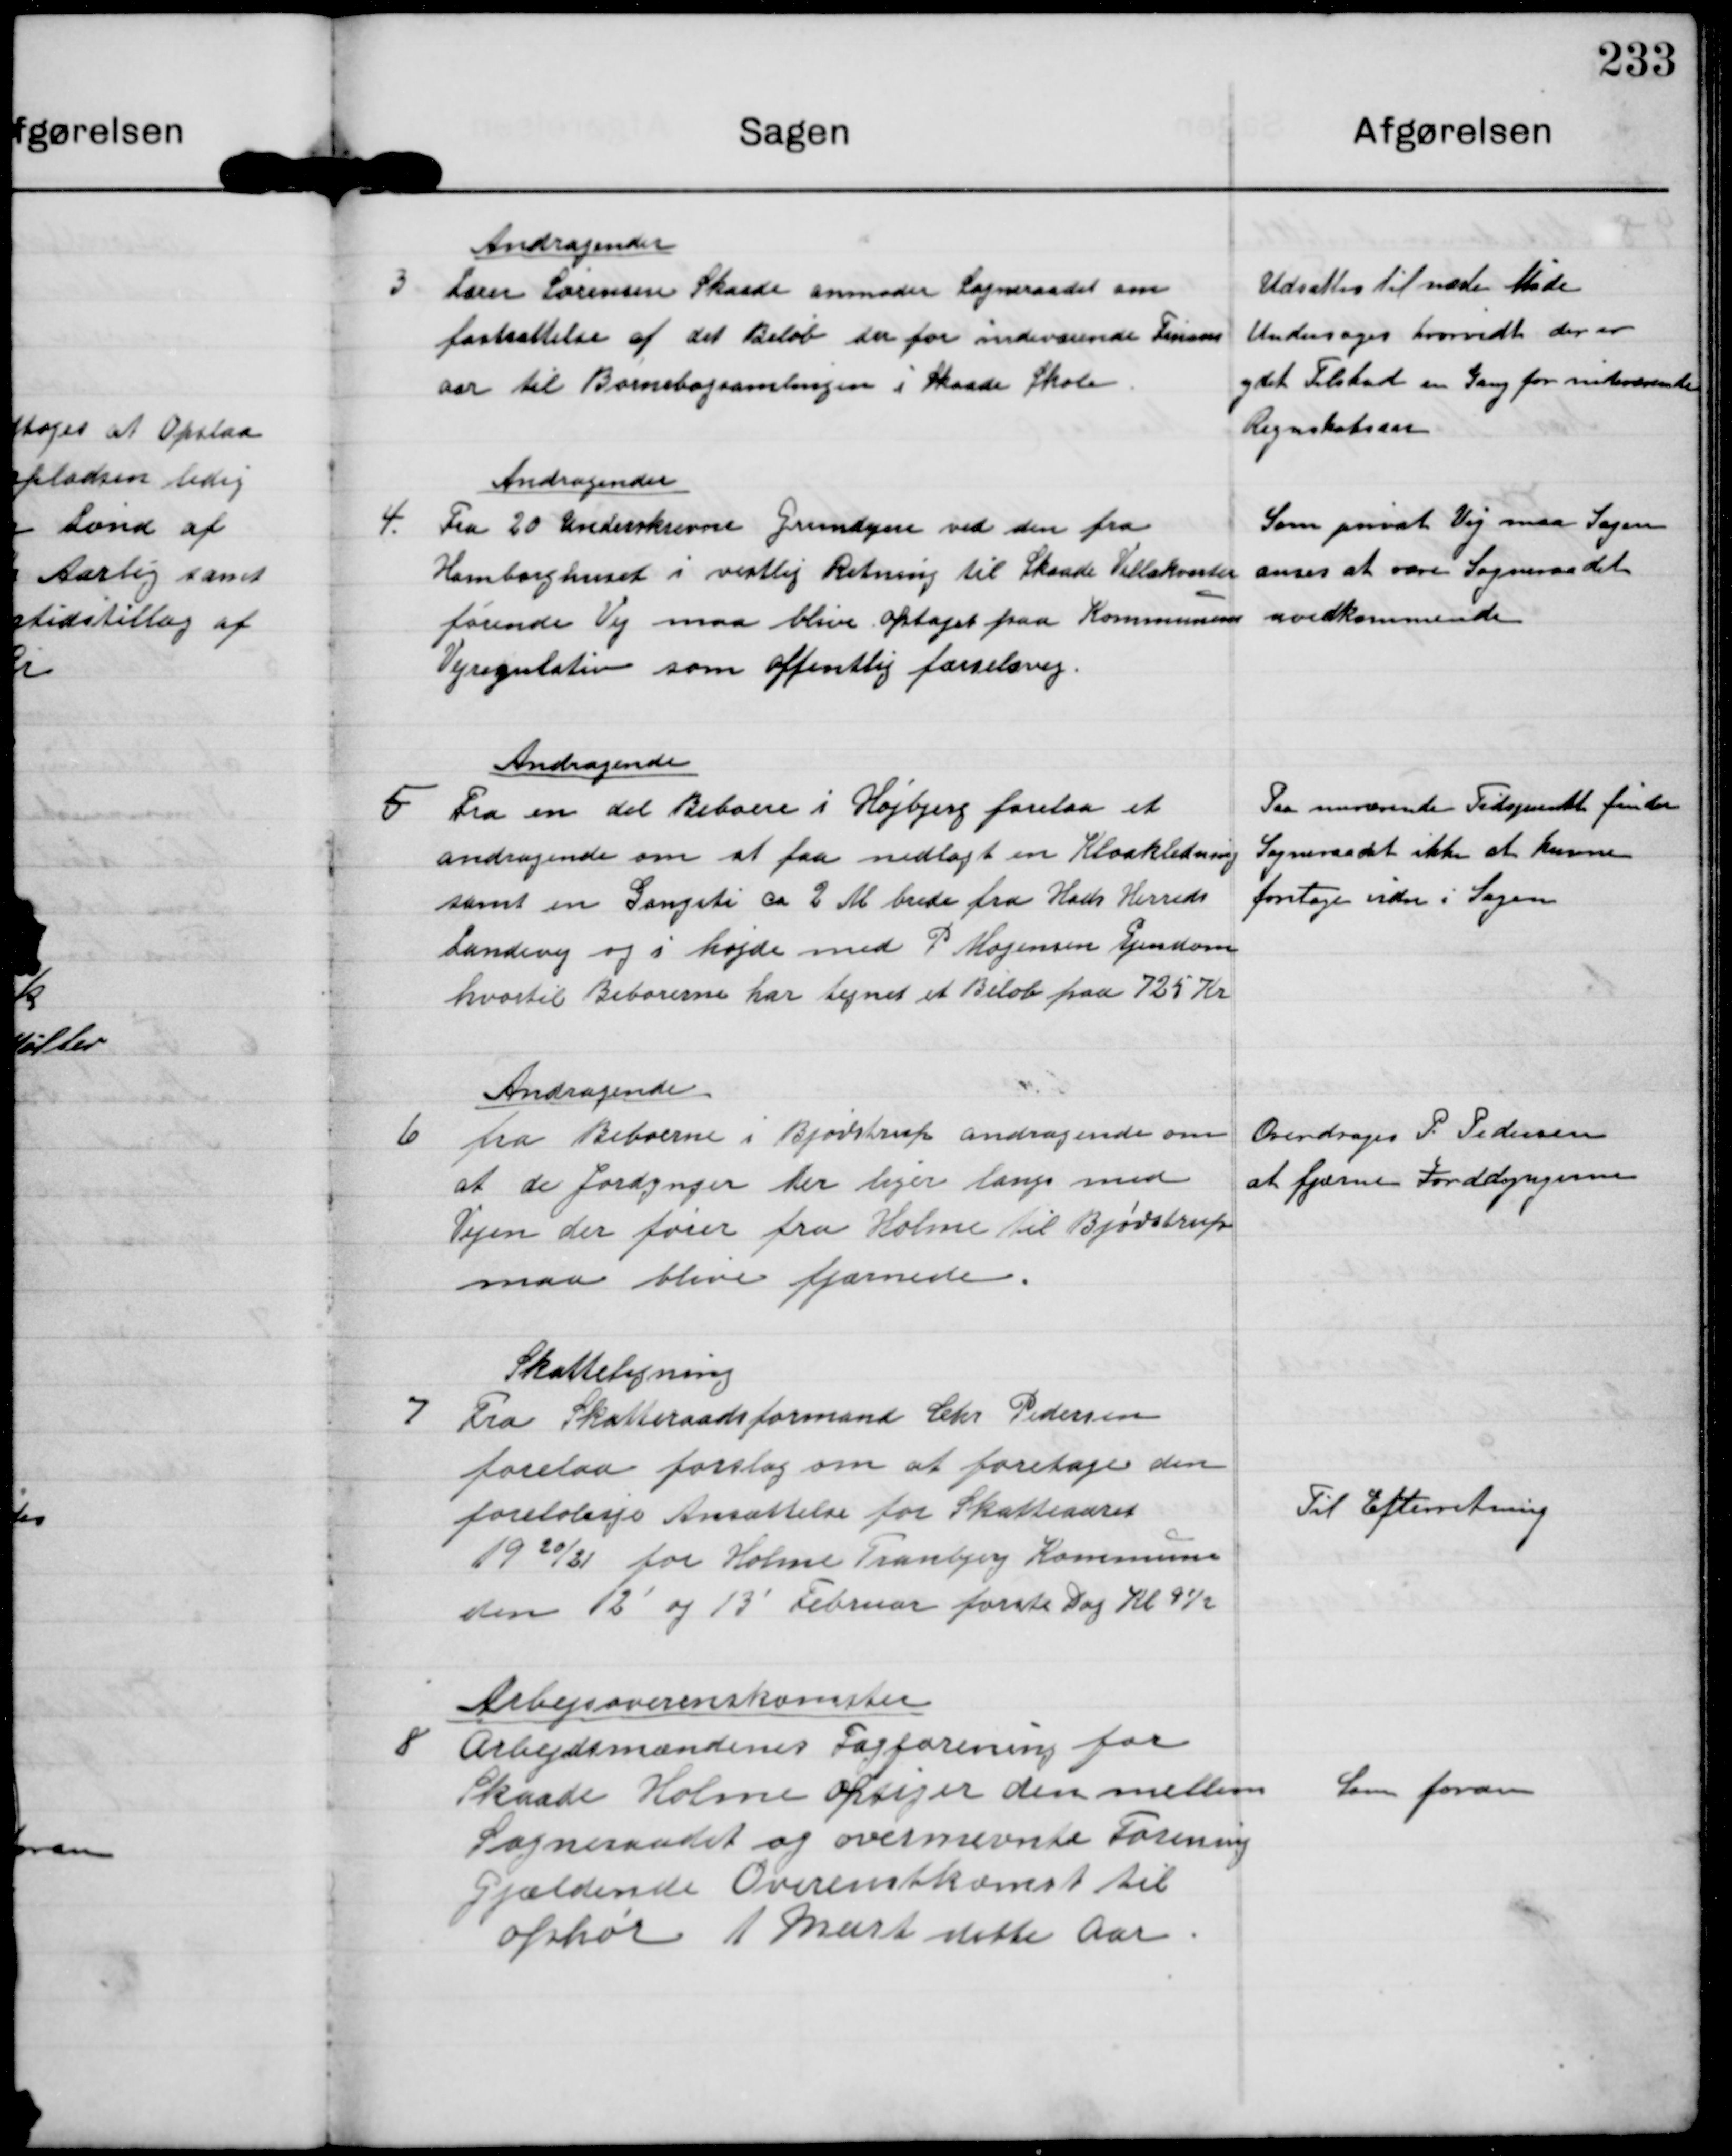
Transskription:
3

Andragende.
Lærer Sørensen Skaade anmoder Sogneraadet om
fastsættelse af det Beløb der for indeværende Finans
aar til Børnebogsamlingen i Skaade Skole

Udsattes til næste Møde
Andersøges hvorvidt der er
ydet Tilskud en Gang for indeværende
Regnskabsaar

4

Andragender
Fra 20 Underskrevne Grundejere ved den fra
Hamborghuset i vestlig Retning til Skaade Villakontor
førende Vej maa blive optaget paa Kommunens
Vejregulativ som offentlig færdselsvej.

Som privat Vej maa Sagen
anses at være Sogneraadet
uvedkommede

5

Andragende
Fra en del Beboere i Højbjerg forelaa et
andragende om at faa nedlagt en Kloakledning
samt en Gangsti ca 2 M brede fra Hads Herreds
Landevej og i højde med P Mogensen Ejendom
hvortil Beborerne har tegnet et Beløb paa 725 Kr

Paa nuværende Tidspunkt finder
Sogneraadet ikke at kunne
foretage videre i Sagen

6

Andragende.
fra Beboerne i Bjødstrup andragende om
at de Jordynger der liger langs med
Vejen der fører fra Holme til Bjødstrup
maa blive fjernede.

Overdrages P. Pedersen
at fjerne Jorddyngerne

7

Skatteligning
Fra Skatteraadsformand Chr Pedersen
forelaa forslag om at foretage den
foreløbige Ansættelse for Skatteaaret
1920/21 for Holme Tranbjerg Kommune
den 12´ og 13´ februar første Dag Kl 9 ½

Til Efterretning

8

Arbejsoverenskomster
Arbejdsmændenes Fagforening for
Skaade Holme opsiger den mellem
Sogneraadet og ovennævnte Forening
Gjældende Overenskomst til
ophør 1 Mart dette Aar

Som foran